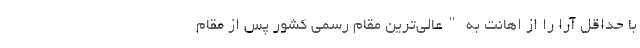
با حداقل آرا را از اهانت به "عالی‌ترین مقام رسمی کشور پس از مقام